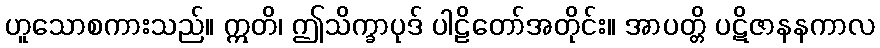
ဟူသောစကားသည်။ ဣတိ၊ ဤသိက္ခာပုဒ် ပါဠိတော်အတိုင်း။ အာပတ္တိ ပဋိဇာနနကာလ